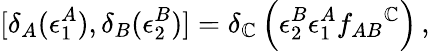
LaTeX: [\delta_{A}(\epsilon_{1}^{A}),\delta_{B}(\epsilon_{2}^{B})]=\delta_{\mathbb{C}}\left(\epsilon_{2}^{B}\epsilon_{1}^{A}f_{AB}{}^{\mathbb{C}}\right)\, ,